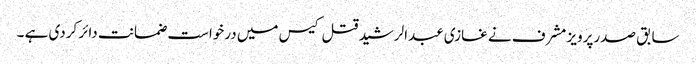
سابق صدرپرویز مشرف نے غازی عبدالرشید قتل کیس میں درخواست ضمانت دائر کردی ہے ۔